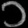
Digit: ၁